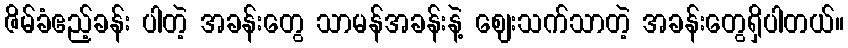
ဇိမ်ခံဧည့်ခန်း ပါတဲ့ အခန်းတွေ သာမန်အခန်းနဲ့ ဈေးသက်သာတဲ့ အခန်းတွေရှိပါတယ်။